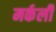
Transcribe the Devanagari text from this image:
मर्कली